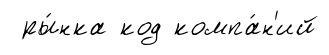
ры́нка код компа́н'ий